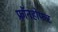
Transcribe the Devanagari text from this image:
फ्रॉनहोफर